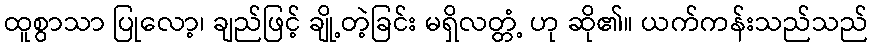
ထူစွာသာ ပြုလော့၊ ချည်ဖြင့် ချို့တဲ့ခြင်း မရှိလတ္တံ့ ဟု ဆို၏။ ယက်ကန်းသည်သည်